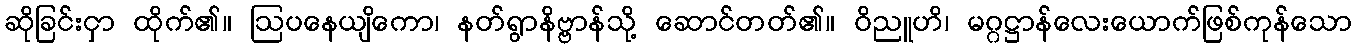
ဆိုခြင်းငှာ ထိုက်၏။ ဩပနေယျိကော၊ နတ်ရွာနိဗ္ဗာန်သို့ ဆောင်တတ်၏။ ဝိညူဟိ၊ မဂ္ဂဋ္ဌာန်လေးယောက်ဖြစ်ကုန်သော